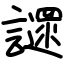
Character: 䜚